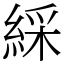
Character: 綵